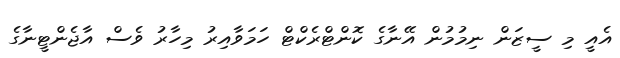
އެއީ މި ސީޒަން ނިމުމުން އޭނާގެ ކޮންޓްރެކްޓް ހަމަވާއިރު މިހާރު ވެސް އާޖެންޓީނާގެ